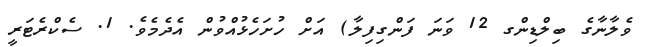
ވެލާނާގެ ބިލްޑިންގ 12 ވަނަ ފަންގިފިލާ) އަށް ހުށަހެޅުއްވުން އެދެމެވެ. 1. ސެކްރެޓަރީ